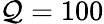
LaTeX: \mathcal{Q}=100